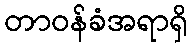
တာဝန်ခံအရာရှိ